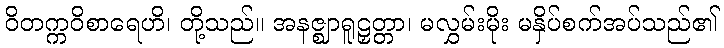
ဝိတက္ကဝိစာရေဟိ၊ တို့သည်။ အနဇ္ဈာရူဠှတ္တာ၊ မလွှမ်းမိုး မနှိပ်စက်အပ်သည်၏